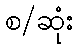
စ/ဆုံး